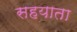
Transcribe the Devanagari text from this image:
सहयाता